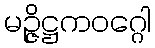
မဉ္ဇိဋ္ဌကဝဂ္ဂေါ